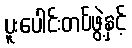
ပူးပေါင်းတပ်ဖွဲ့နှင့်